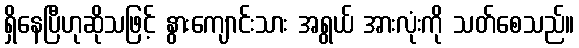
ရှိနေပြီဟုဆိုသဖြင့် နွားကျောင်းသား အရွယ် အားလုံးကို သတ်စေသည်။